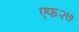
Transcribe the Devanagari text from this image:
एफ२७